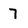
Character: 7